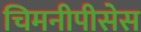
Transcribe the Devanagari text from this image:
चिमनीपीसेस